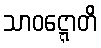
သာဝဋ္ဋောတိ